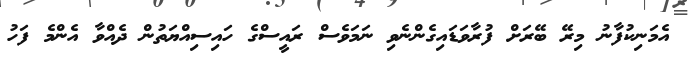
އެމަނިކުފާނު މިރޭ ބޭރަށް ފުރާވަޑައިގެންނެވި ނަމަވެސް ރައީސްގެ ހައިސިއްޔަތުން ދެއްވާ އެންމެ ފަހު